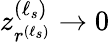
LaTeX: z_{r^{(\ell_{s})}}^{(\ell_{s})}\to 0